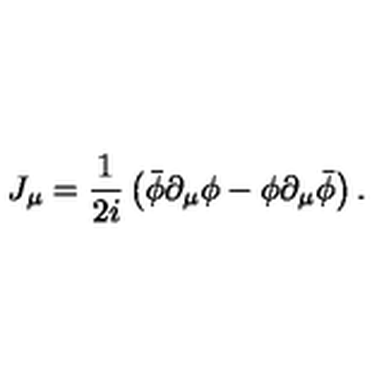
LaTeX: J _ { \mu } = \frac { 1 } { 2 i } \left( \bar { \phi } \partial _ { \mu } \phi - \phi \partial _ { \mu } \bar { \phi } \right) .